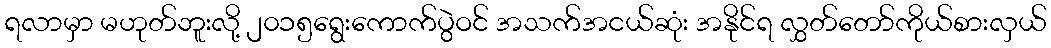
ရလာမှာ မဟုတ်ဘူးလို့ ၂၀၁၅ရွေးကောက်ပွဲဝင် အသက်အငယ်ဆုံး အနိုင်ရ လွှတ်တော်ကိုယ်စားလှယ်